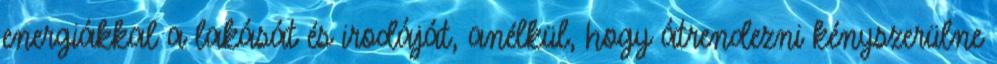
energiákkal a lakását és irodáját, anélkül, hogy átrendezni kényszerülne